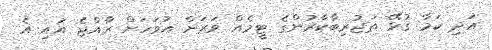
އަދި ކަމާ ގުޅޭ ތަޖުރިބާކާރުންގެ ޓީމެއް ވަރަށް އަވަހަށް ރާއްޖެ އައި އެ